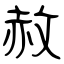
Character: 赦